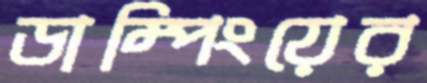
ডাম্পিংয়ের